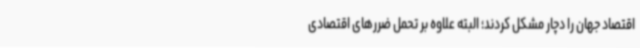
اقتصاد جهان را دچار مشکل کردند؛ البته علاوه بر تحمل ضررهای اقتصادی